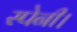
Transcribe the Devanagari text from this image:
स्पेनी।